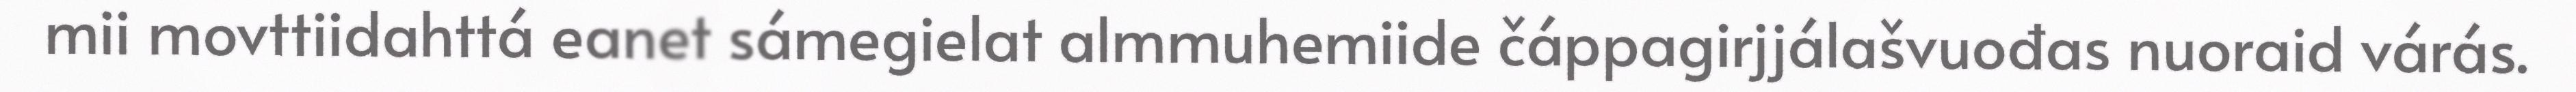
mii movttiidahttá eanet sámegielat almmuhemiide čáppagirjjálašvuođas nuoraid várás.